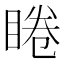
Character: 睠